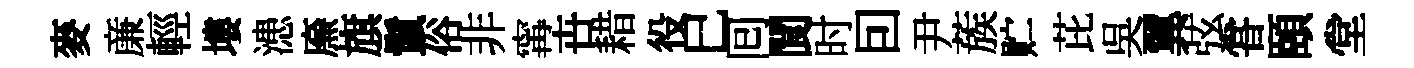
麥亷輕塿漶㢘旗鬛俗非𡩋卋耤役巳囘閬时囙尹蔟贮芘吳翼弦甞頤堂